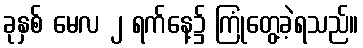
ခုနှစ် မေလ ၂ ရက်နေ့၌ ကြုံတွေ့ခဲ့ရသည်။